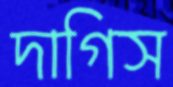
দাগিস